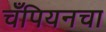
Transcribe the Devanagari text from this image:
चँपियनचा